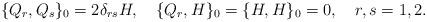
LaTeX: \begin{align*}\{Q_r,Q_s\}_0 =2 \delta_{rs}H,\quad \{Q_r ,H \}_0 =\{H ,H\}_0 =0 ,\quad r,s=1,2.\end{align*}